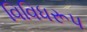
વિવિધરૂપ